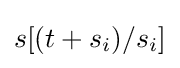
s[(t+s_{i})/s_{i}]